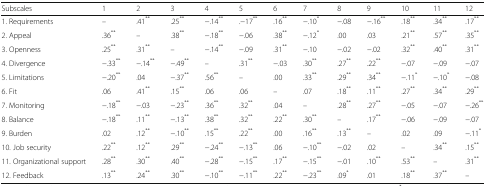
<table><thead><tr><td><b>Subscales</b></td><td><b>1</b></td><td><b>2</b></td><td><b>3</b></td><td><b>4</b></td><td><b>5</b></td><td><b>6</b></td><td><b>7</b></td><td><b>8</b></td><td><b>9</b></td><td><b>10</b></td><td><b>11</b></td><td><b>12</b></td></tr></thead><tbody><tr><td>1. Requirements</td><td>–</td><td>.41<sup>**</sup></td><td>.25<sup>**</sup></td><td>−.14<sup>**</sup></td><td>.−17<sup>**</sup></td><td>.16<sup>**</sup></td><td>−.10<sup>*</sup></td><td>−.08</td><td>−.16<sup>**</sup></td><td>.18<sup>**</sup></td><td>.34<sup>**</sup></td><td>.17<sup>**</sup></td></tr><tr><td>2. Appeal</td><td>.36<sup>**</sup></td><td>–</td><td>.38<sup>**</sup></td><td>−.18<sup>**</sup></td><td>−.06</td><td>.38<sup>**</sup></td><td>−.12<sup>*</sup></td><td>.00</td><td>.03</td><td>.21<sup>**</sup></td><td>.57<sup>**</sup></td><td>.35<sup>**</sup></td></tr><tr><td>3. Openness</td><td>.25<sup>**</sup></td><td>.31<sup>**</sup></td><td>–</td><td>−.14<sup>**</sup></td><td>−.09</td><td>.31<sup>**</sup></td><td>−.10</td><td>−.02</td><td>−.02</td><td>.32<sup>**</sup></td><td>.40<sup>**</sup></td><td>.31<sup>**</sup></td></tr><tr><td>4. Divergence</td><td>−.33<sup>**</sup></td><td>−.14<sup>**</sup></td><td>−.49<sup>**</sup></td><td>–</td><td>.31<sup>**</sup></td><td>−.03</td><td>.30<sup>**</sup></td><td>.27<sup>**</sup></td><td>.22<sup>**</sup></td><td>−.07</td><td>−.09</td><td>−.07</td></tr><tr><td>5. Limitations</td><td>−.20<sup>**</sup></td><td>.04</td><td>−.37<sup>**</sup></td><td>.56<sup>**</sup></td><td>–</td><td>.00</td><td>.33<sup>**</sup></td><td>.29<sup>**</sup></td><td>.34<sup>**</sup></td><td>−.11<sup>*</sup></td><td>−.10<sup>*</sup></td><td>−.08</td></tr><tr><td>6. Fit</td><td>.06</td><td>.41<sup>**</sup></td><td>.15<sup>**</sup></td><td>.06</td><td>.06</td><td>–</td><td>.07</td><td>.18<sup>**</sup></td><td>.11<sup>**</sup></td><td>.27<sup>**</sup></td><td>.34<sup>**</sup></td><td>.29<sup>**</sup></td></tr><tr><td>7. Monitoring</td><td>−.18<sup>**</sup></td><td>−.03</td><td>−.23<sup>**</sup></td><td>.36<sup>**</sup></td><td>.32<sup>**</sup></td><td>.04</td><td>–</td><td>.28<sup>**</sup></td><td>.27<sup>**</sup></td><td>−.05</td><td>−.07</td><td>−.26<sup>**</sup></td></tr><tr><td>8. Balance</td><td>−.18<sup>**</sup></td><td>.11<sup>**</sup></td><td>−.13<sup>**</sup></td><td>.38<sup>**</sup></td><td>.32<sup>**</sup></td><td>.22<sup>**</sup></td><td>.30<sup>**</sup></td><td>–</td><td>.17<sup>**</sup></td><td>−.06</td><td>−.09</td><td>−.07</td></tr><tr><td>9. Burden</td><td>.02</td><td>.12<sup>**</sup></td><td>−.10<sup>**</sup></td><td>.15<sup>**</sup></td><td>.22<sup>**</sup></td><td>.00</td><td>.16<sup>**</sup></td><td>.13<sup>**</sup></td><td>–</td><td>.02</td><td>.09</td><td>−.11<sup>*</sup></td></tr><tr><td>10. Job security</td><td>.22<sup>**</sup></td><td>.12<sup>**</sup></td><td>.29<sup>**</sup></td><td>−.24<sup>**</sup></td><td>−.13<sup>**</sup></td><td>.06</td><td>−.10<sup>**</sup></td><td>−.02</td><td>.02</td><td>–</td><td>.34<sup>**</sup></td><td>.15<sup>**</sup></td></tr><tr><td>11. Organizational support</td><td>.28<sup>**</sup></td><td>.30<sup>**</sup></td><td>.40<sup>**</sup></td><td>−.28<sup>**</sup></td><td>−.15<sup>**</sup></td><td>.17<sup>**</sup></td><td>−.15<sup>**</sup></td><td>−.01</td><td>.10<sup>**</sup></td><td>.53<sup>**</sup></td><td>–</td><td>.31<sup>**</sup></td></tr><tr><td>12. Feedback</td><td>.13<sup>**</sup></td><td>.24<sup>**</sup></td><td>.30<sup>**</sup></td><td>−.10<sup>**</sup></td><td>−.11<sup>**</sup></td><td>.22<sup>**</sup></td><td>−.23<sup>**</sup></td><td>.09<sup>*</sup></td><td>.01</td><td>.18<sup>**</sup></td><td>.37<sup>**</sup></td><td>–</td></tr></tbody></table>